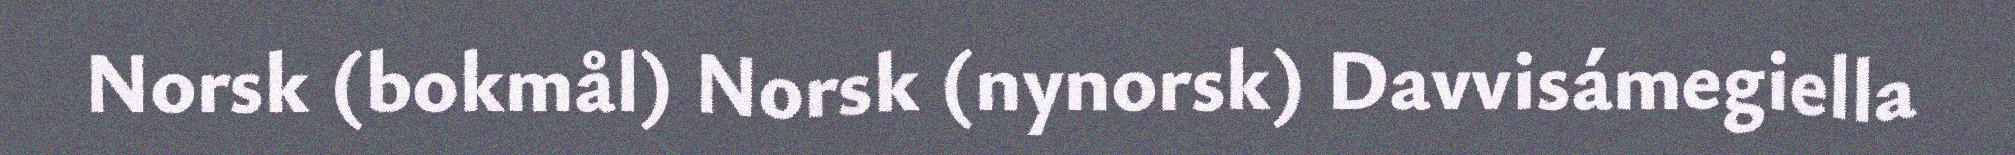
Norsk (bokmål) Norsk (nynorsk) Davvisámegiella